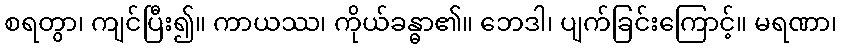
စရတွာ၊ ကျင်ပြီး၍။ ကာယဿ၊ ကိုယ်ခန္ဓာ၏။ ဘေဒါ၊ ပျက်ခြင်းကြောင့်။ မရဏာ၊